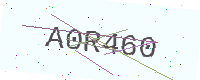
Text: A0R460